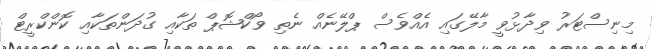
މިނިސްޓަރު ވިދާޅުވީ މާލޭގައި އެއްވެސް ޕްލޭނެއް ނެތި ވޯކްޝޮޕް ތަކާއި ގުދަންތަކާއި ކޮންކްރީޓް